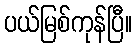
ပယ်မြစ်ကုန်ပြီ။